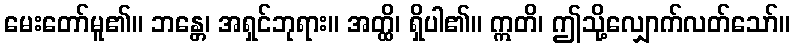
မေးတော်မူ၏။ ဘန္တေ၊ အရှင်ဘုရား။ အတ္ထိ၊ ရှိပါ၏။ ဣတိ၊ ဤသို့လျှောက်လတ်သော်။